Report of the Hyderabad Chloroform Commission
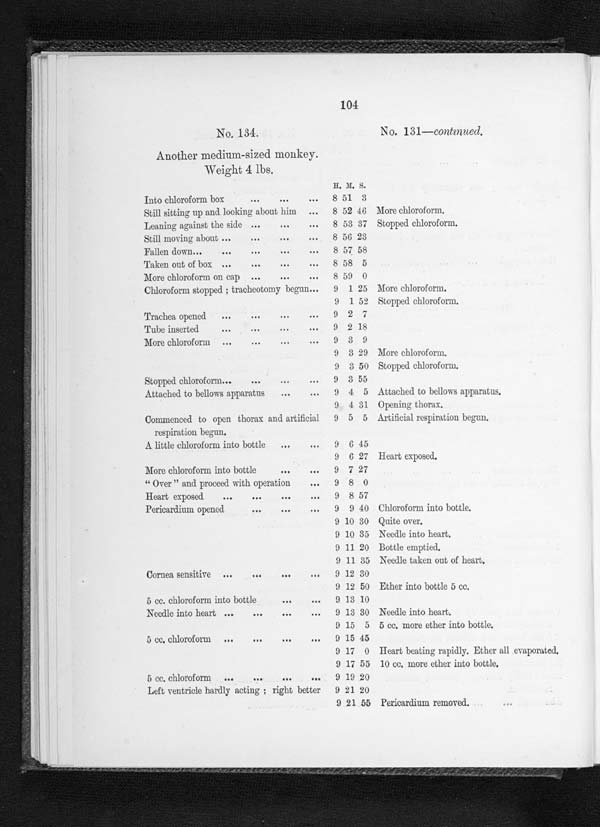
104
No. 134.
No. 131—continued.
Another medium-sized monkey.
Weight 4 lbs.
H. M. S.
Into chloroform box
...
...
...
8 51 3
Still sitting up and looking about him
...
8 52 46 More chloroform.
Leaning against the side ...
..
...
8 53 37 Stopped chloroform,
Still moving about ...
...
... ...
8 56 23
Fallen down...
...
... ...
...
8 57 58
Taken out of box ...
... ...
...
8 58 5
More chloroform on cap ...
... ...
8 59 0
Chloroform stopped ; tracheotomy begun...
9 1 25 More chloroform.
9 1 52 Stopped chloroform.
Trachea opened
...
... ...
...
9 2 7
Tube inserted
... ...
...
...
9 2 18
More chloroform
...
...
...
...
9 3 9
9 3 29 More chloroform.
9 3 50 Stopped chloroform.
Stopped chloroform...
...
...
9 3 55
Attached to bellows apparatus
...
...
9 4 5 Attached to bellows apparatus.
9 4 31 Opening thorax.
Commenced to open thorax and artificial
respiration begun.
9 5 5 Artificial respiration begun.
A little chloroform into bottle
...
9 6 45
9 6 27 Heart exposed.
More chloroform into bottle
...
...
9 7 27
“ Over " and proceed with operation
...
9 8 0
Heart exposed
...
...
...
...
9 8 57
Pericardium opened
...
...
...
9 9 40 Chloroform into bottle.
9 10 30 Quite over.
9 10 35 Needle into heart.
9 11 20 Bottle emptied.
9 11 35 Needle taken out of heart.
Cornea sensitive
...
... ...
...
9 12 30
9 12 50 Ether into bottle 5 cc.
5 cc. chloroform into bottle
..,
...
9 13 10
Needle into heart ...
...
•••
...
9 13 30 Needle into heart.
9 15 5 5 cc. more ether into bottle.
5 cc. chloroform
...
...
...
...
9 15 45
9 17 0 Heart beating rapidly. Ether all evaporated.
9 17 55 10 cc. more ether into bottle.
5 cc. chloroform
...
...
...
...
9 19 20
Left ventricle hardly acting ; right better
9 21 20
9 21 55 Pericardium removed.